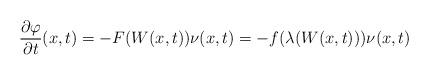
LaTeX: \begin{align*}\frac{\partial \varphi}{\partial t}(x,t) = -F(W(x,t))\nu(x,t) = -f(\lambda(W(x,t)))\nu(x,t)\end{align*}